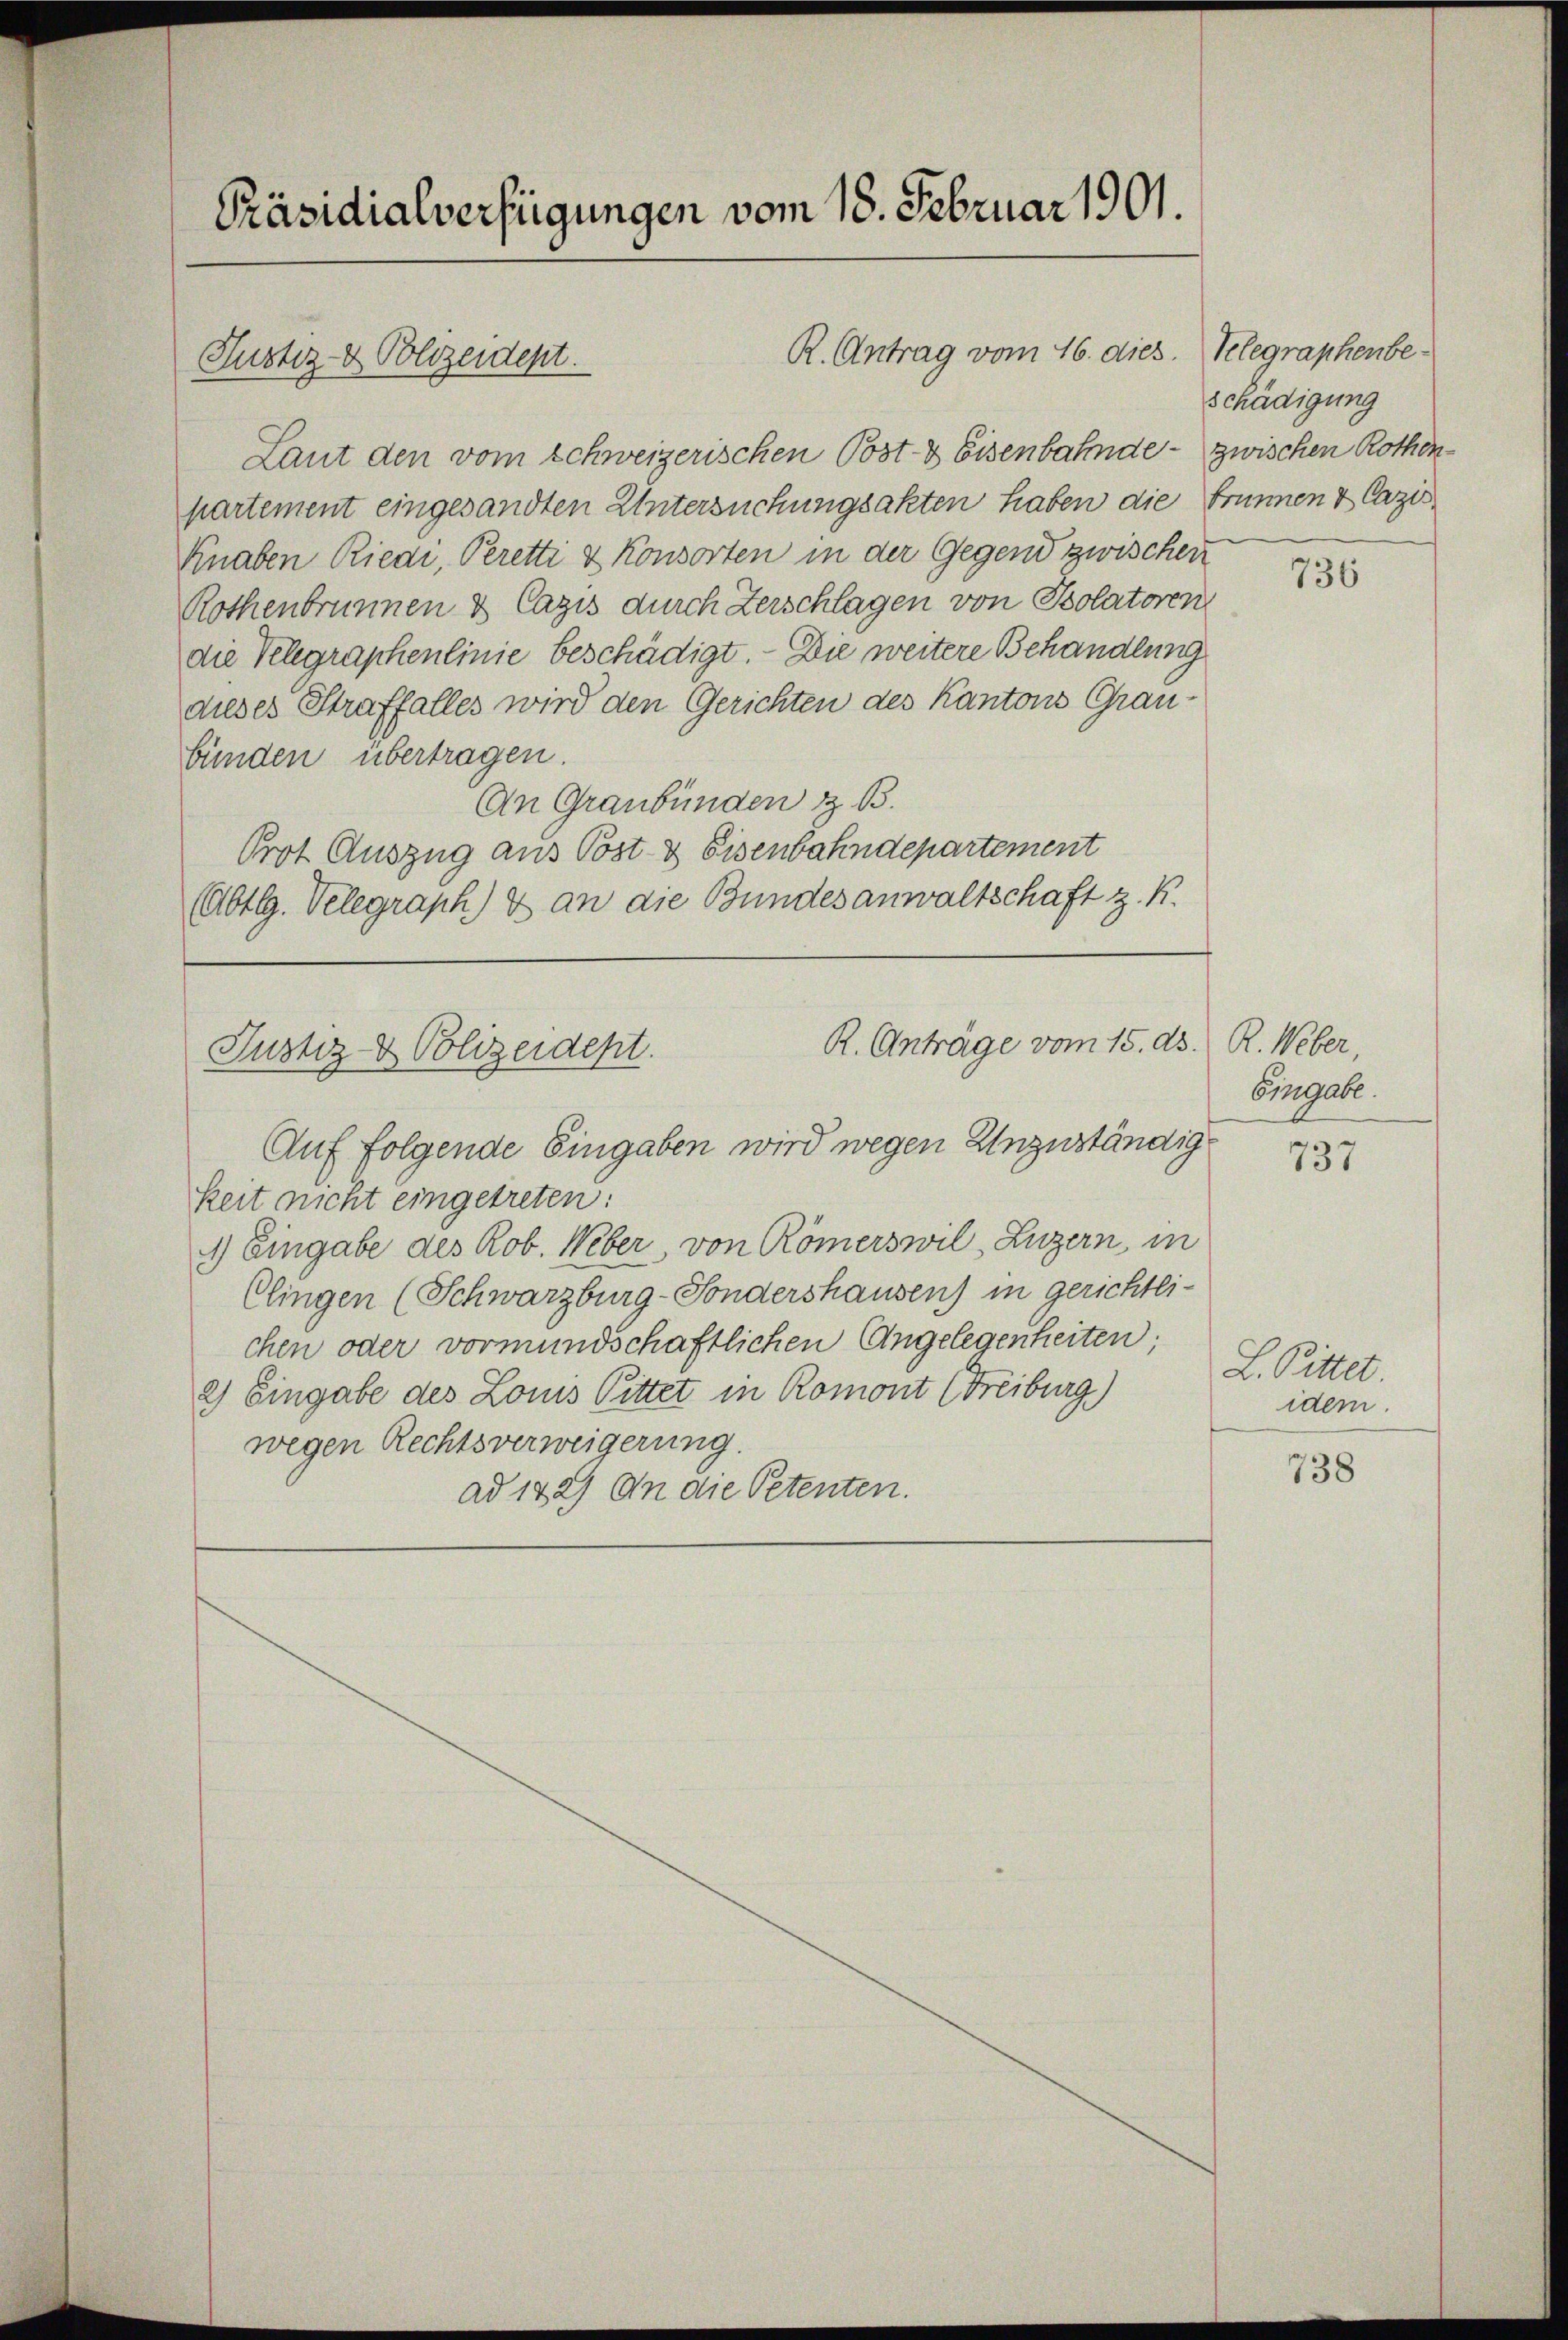
Präsidialverfügungen vom 18. Februar 1901.

Laut den vom schweizerischen Post- & Eisenbahnde- zwischen Rothenpartement eingesandten Untersuchungsakten haben die Brunnen & Cazis¬
Knaben Riedi, Peretti & Konsorten in der Gegend zwischen
Rothenbrunnen & Cazis durch Zerschlagen von Bolatoren
die Velegraphenlinie beschädigt. - Die weitere Behandlung
dieses Straffalles wird den Gerichten des Kantons Graubünden übertragen.
An Graubünden & B.
Prot Auszug aus Post- & Eisenbahndepartement
(Abtlg. Velegraph) & an die Bundesanwaltschaft z. K.

Justiz- & Polizeident.

R. Antrag vom 16. dies. Telegraphenbe¬

R. Anträge vom 15. ds.
Justiz- & Polizeident.

Auf folgende Eingaben wird wegen Unzuständigkeit nicht eingetreten:
1) Eingabe des Rob. Weber, von Römerswil, Luzern, in
Clingen (Schwarzburg-Sondershausen) in gerichtlichen oder vormundschaftlichen Angelegenheiten;
2) Eingabe des Louis Pittet in Romont (Freiburg)
wegen Rechtsverweigerung.
ad 142) An die Petenten.

schädigung

736

R. Weber,
Emgabe.

737

L. Pittet.
idem.

738